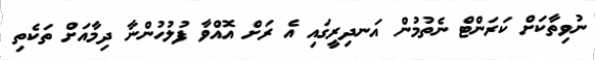
ނުވިތާކަށް ކަރަންޓް ނެތުމުން އަނދިރީގައި އެ ރަށް އޮއްވާ ފުލުހުންނާ ދިމާއަށް ތަކެތި